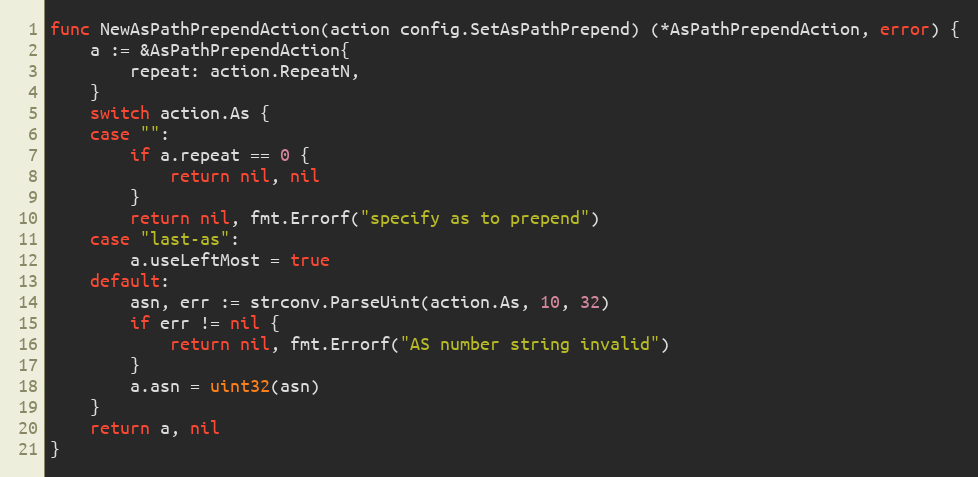
Language: Go
func NewAsPathPrependAction(action config.SetAsPathPrepend) (*AsPathPrependAction, error) {
	a := &AsPathPrependAction{
		repeat: action.RepeatN,
	}
	switch action.As {
	case "":
		if a.repeat == 0 {
			return nil, nil
		}
		return nil, fmt.Errorf("specify as to prepend")
	case "last-as":
		a.useLeftMost = true
	default:
		asn, err := strconv.ParseUint(action.As, 10, 32)
		if err != nil {
			return nil, fmt.Errorf("AS number string invalid")
		}
		a.asn = uint32(asn)
	}
	return a, nil
}